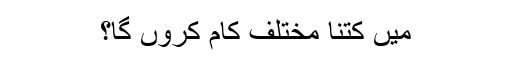
میں کتنا مختلف کام کروں گا؟